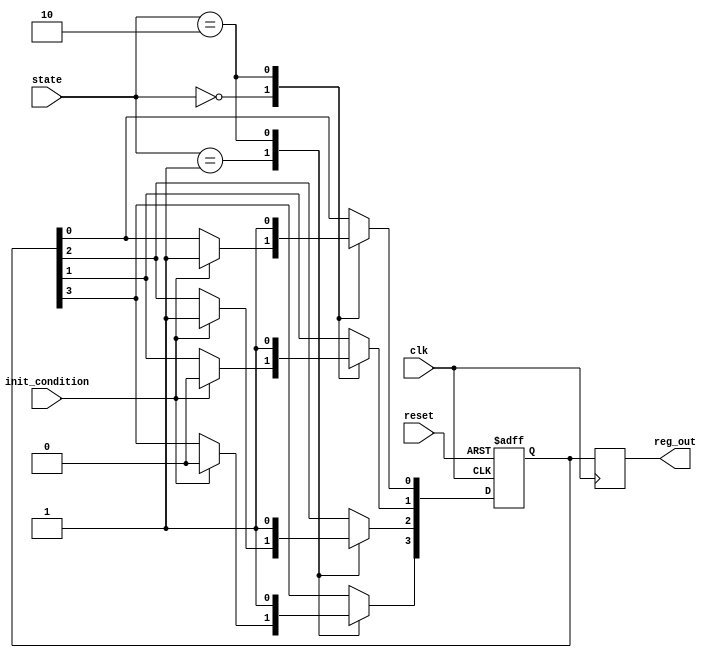
module ConditionalInitialization #(
    parameter NUM_REGS = 4,          // Number of registers to initialize
    parameter INIT_VALUE = 8'h00,     // Default initialization value
    parameter STATE_IDLE = 2'b00,     // Idle state
    parameter STATE_ACTIVE = 2'b01,   // Active state
    parameter STATE_TEST = 2'b10      // Test state
)(
    input wire clk,                   // Clock signal
    input wire reset,                 // Reset signal
    input wire [1:0] state,           // Current operational state
    input wire init_condition,        // Condition for initialization
    output reg [NUM_REGS-1:0] reg_out // Output registers
);

    // Internal registers for initialization
    reg [NUM_REGS-1:0] internal_regs;

    // Sequential block for initialization
    always @(posedge clk or posedge reset) begin
        if (reset) begin
            // Complete reinitialization on reset
            internal_regs <= {NUM_REGS{INIT_VALUE}};
        end else begin
            // Conditional initialization based on state and condition
            case (state)
                STATE_IDLE: begin
                    if (init_condition) begin
                        internal_regs[0] <= 8'h01; // Initialize first register
                        internal_regs[1] <= 8'h02; // Initialize second register
                    end
                end

                STATE_ACTIVE: begin
                    if (init_condition) begin
                        internal_regs[2] <= 8'h03; // Initialize third register
                        internal_regs[3] <= 8'h04; // Initialize fourth register
                    end
                end

                STATE_TEST: begin
                    // Test state initialization
                    internal_regs <= {NUM_REGS{8'hFF}}; // Set all to 0xFF
                end

                default: begin
                    // Default case, no initialization
                    internal_regs <= internal_regs; // Maintain current state
                end
            endcase
        end
    end

    // Assign internal registers to output
    always @(posedge clk) begin
        reg_out <= internal_regs;
    end

endmodule